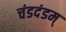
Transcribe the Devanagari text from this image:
चंडदंडम्